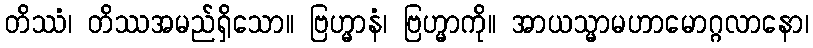
တိဿံ၊ တိဿအမည်ရှိသော။ ဗြဟ္မာနံ၊ ဗြဟ္မာကို။ အာယသ္မာမဟာမောဂ္ဂလာနော၊